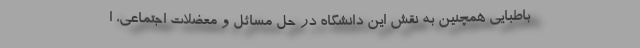
باطبایی همچنین به نقش این دانشگاه در حل مسائل و معضلات اجتماعی، ا